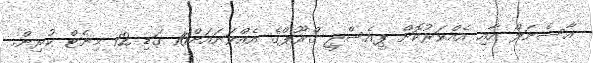
އާސެނަލް އާއި އެއްވަރުކޮށް ޕީއެސްޖީ ގްރޫޕްގެ އެއްވަނައަށް10 ގަޑި 12 މިނެޓް ކުރިން.